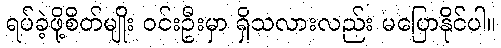
ရပ်ခဲ့ဖို့စိတ်မျိုး ဝင်းဦးမှာ ရှိသလားလည်း မပြောနိုင်ပါ။